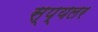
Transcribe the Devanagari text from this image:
स्प्यलर